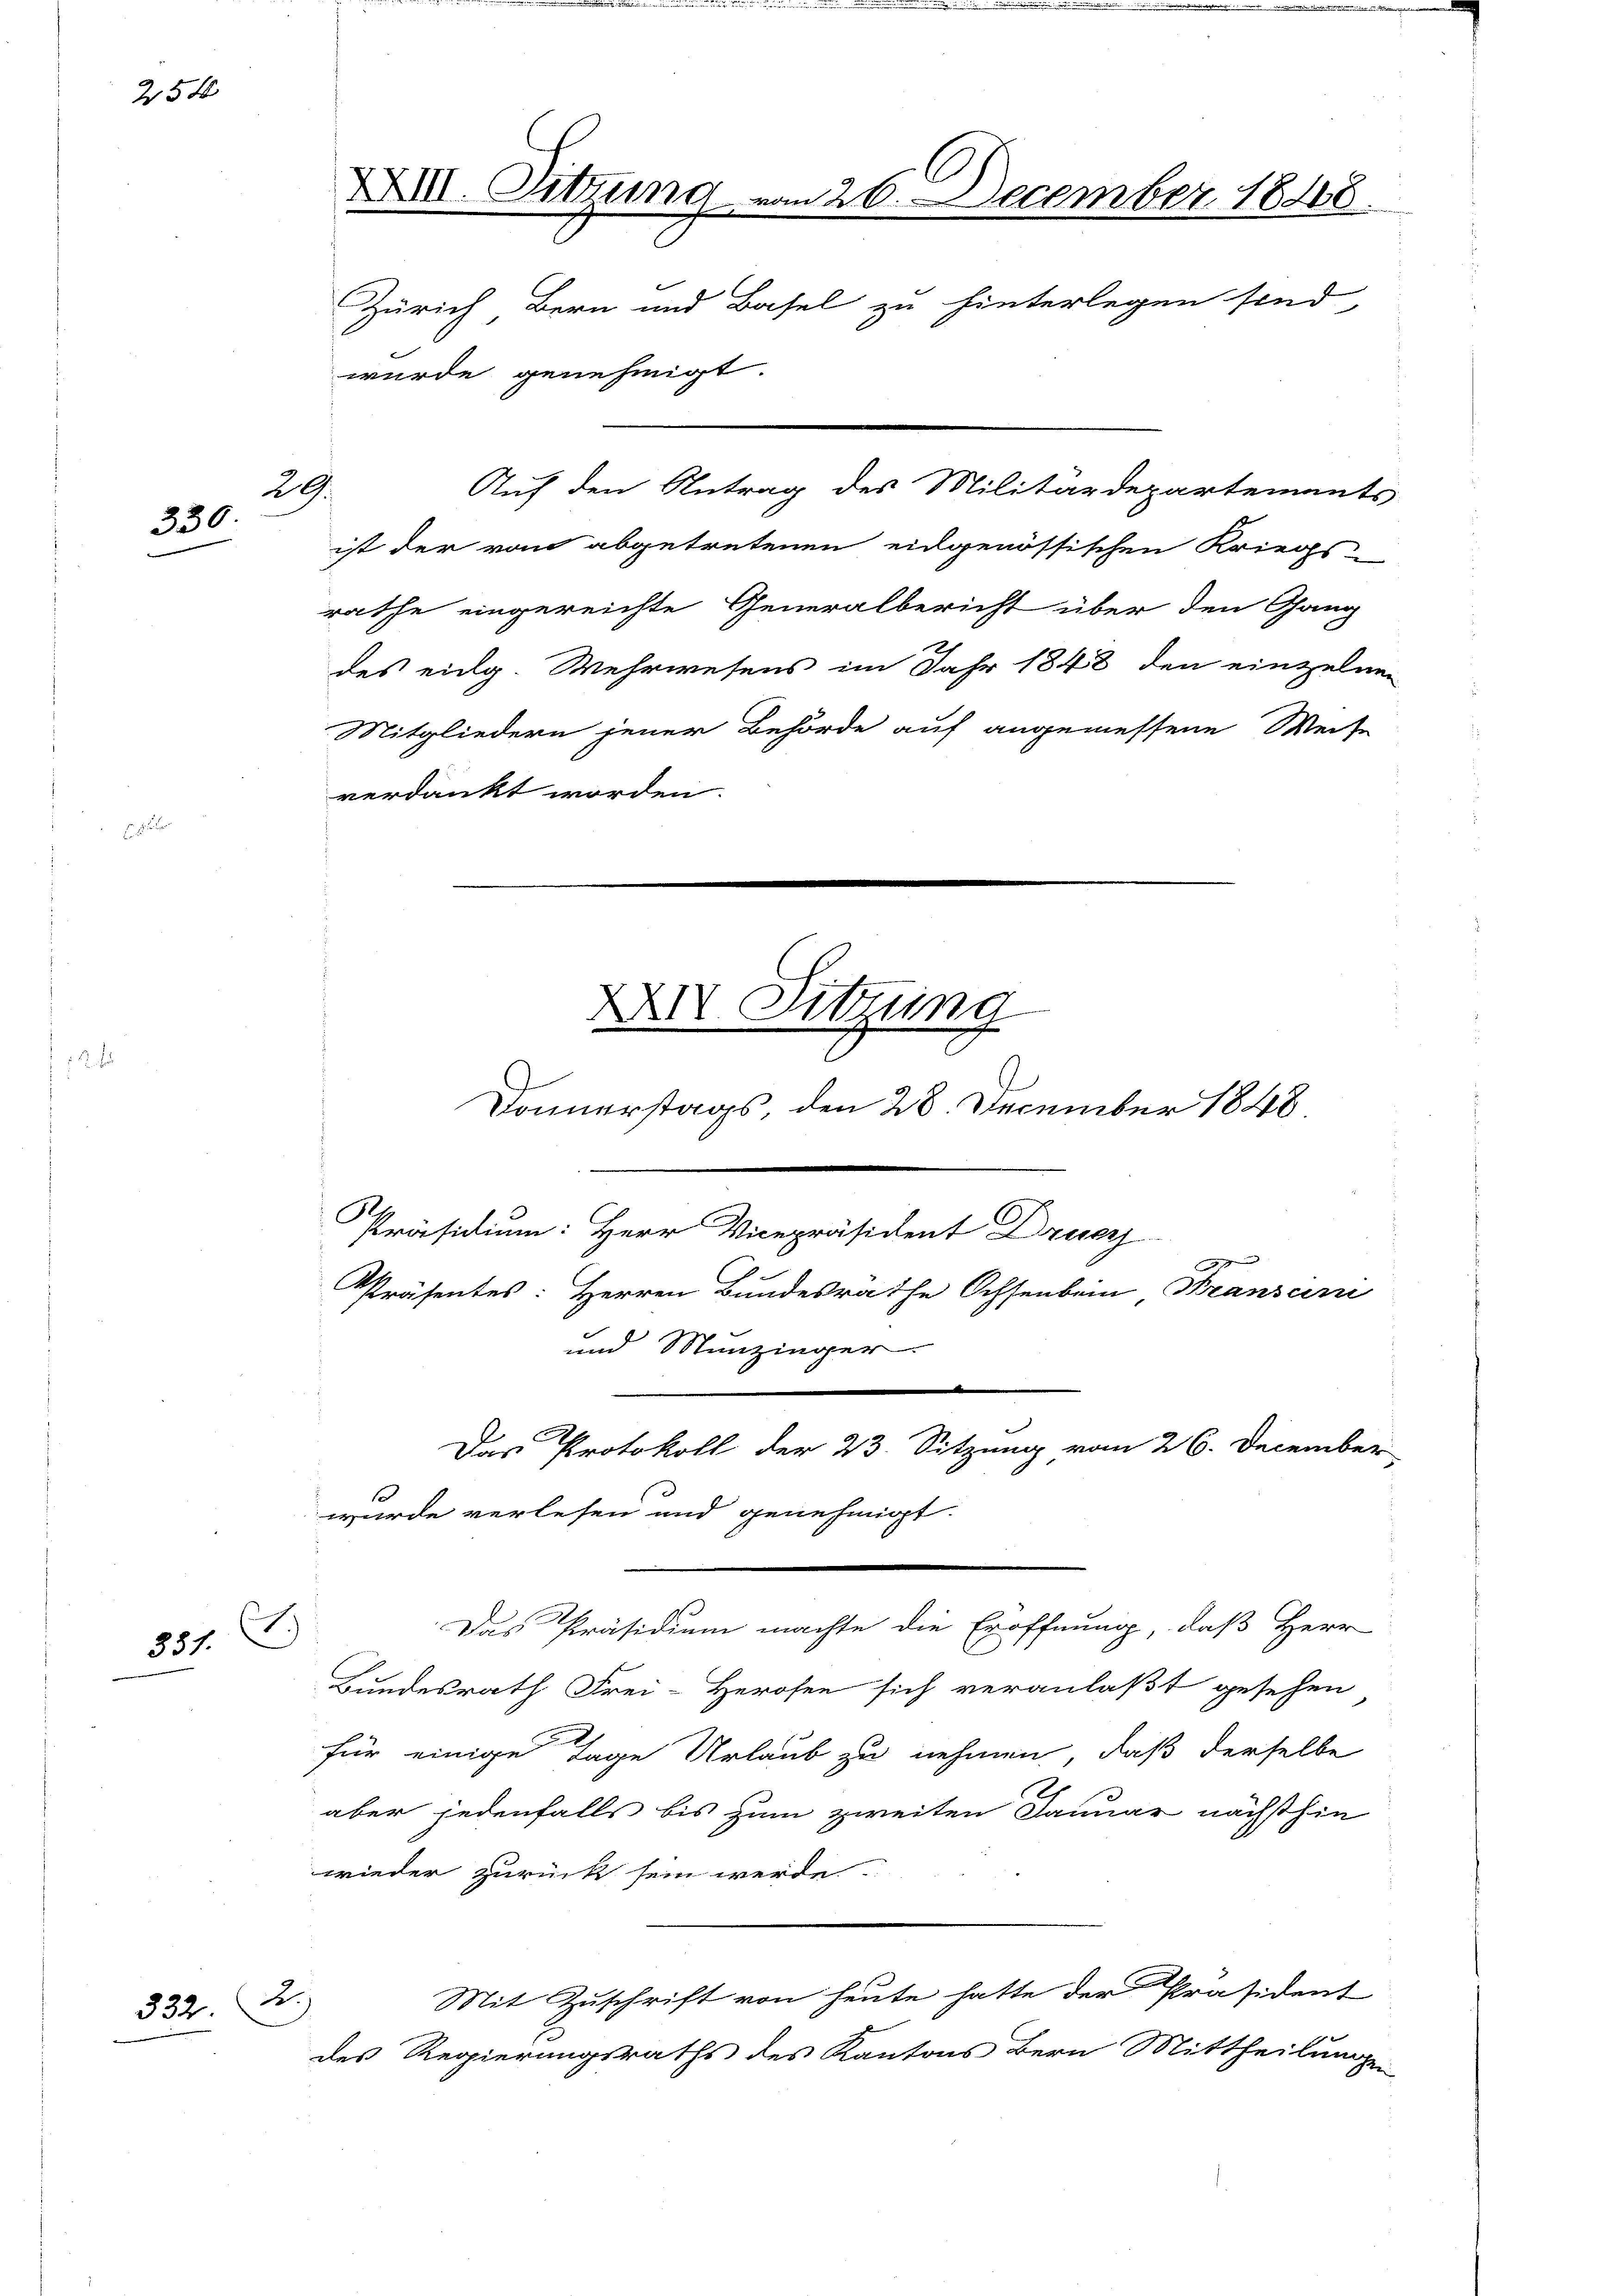
250

336

)
351.

332. B.

XIII. Sitzung vom 26. December 1848.
Zürich Bern und Basel zu hinterlegen sind,
wurde genehmigt.
Auf den Antrag des Militärdepartements
29.

ist der vom abgetretenen eingenössischen Kriegs-
rathe eingereichte Generalbericht über den Gang
des eidg. Wehrwesens im Jahr 1848 den einzelnen
Mitgliedern jener Behörde auf angemessene Weise
verdankt worden.

XXIV Sitzung
Donnerstags, den 28. December 1848

Präsidium: Herr Vicepräsident Druc

Präsentes: Herren Bundesrathe Ochsenbein Brandun
und Munzinger.
e
Das Protokoll der 23. Sitzung vom 26. December,
wurde verlesen und genehmigt.
Bundesrath Frei-Herosen sich veranlaßt gesehen
für einige Tage Urlaub zu nehmen, daß derselbe
aber jedenfalls bis zum zweiten Januar nächsthin
wieder zurück sein werde.
Mit Zuschrift von heute hatte der Präsident
des Regierungsraths des Kantons Bern Mittheilungen

Das Präsidium machte die Eröffnung, daß Herr